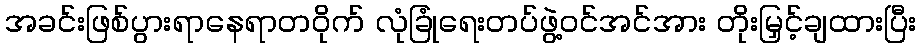
အခင်းဖြစ်ပွားရာနေရာတဝိုက် လုံခြုံရေးတပ်ဖွဲ့ဝင်အင်အား တိုးမြှင့်ချထားပြီး